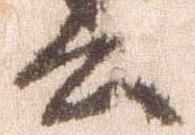
公